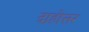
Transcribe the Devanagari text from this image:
दाहोत्तर